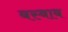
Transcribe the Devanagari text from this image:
बस्बाब